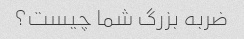
ضربه بزرگ شما چیست؟